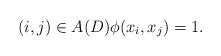
LaTeX: \begin{align*}(i,j)\in A(D) \phi (x_i,x_j)=1.\end{align*}